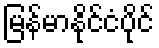
မြန်မာနိုင်ငံပိုင်